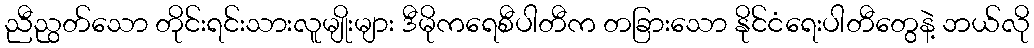
ညီညွတ်သော တိုင်းရင်းသားလူမျိုးများ ဒီမိုကရေစီပါတီက တခြားသော နိုင်ငံရေးပါတီတွေနဲ့ ဘယ်လို